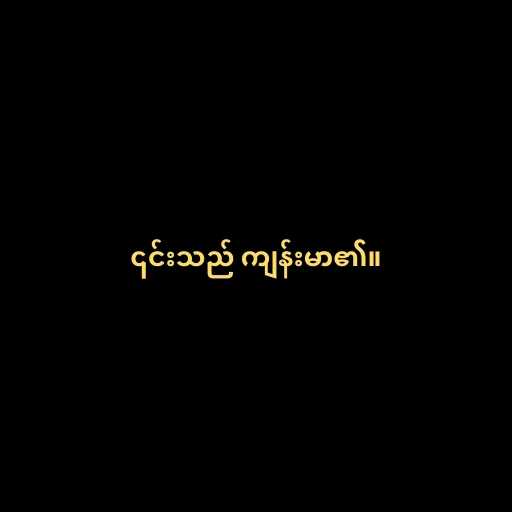
၎င်းသည် ကျန်းမာ၏။